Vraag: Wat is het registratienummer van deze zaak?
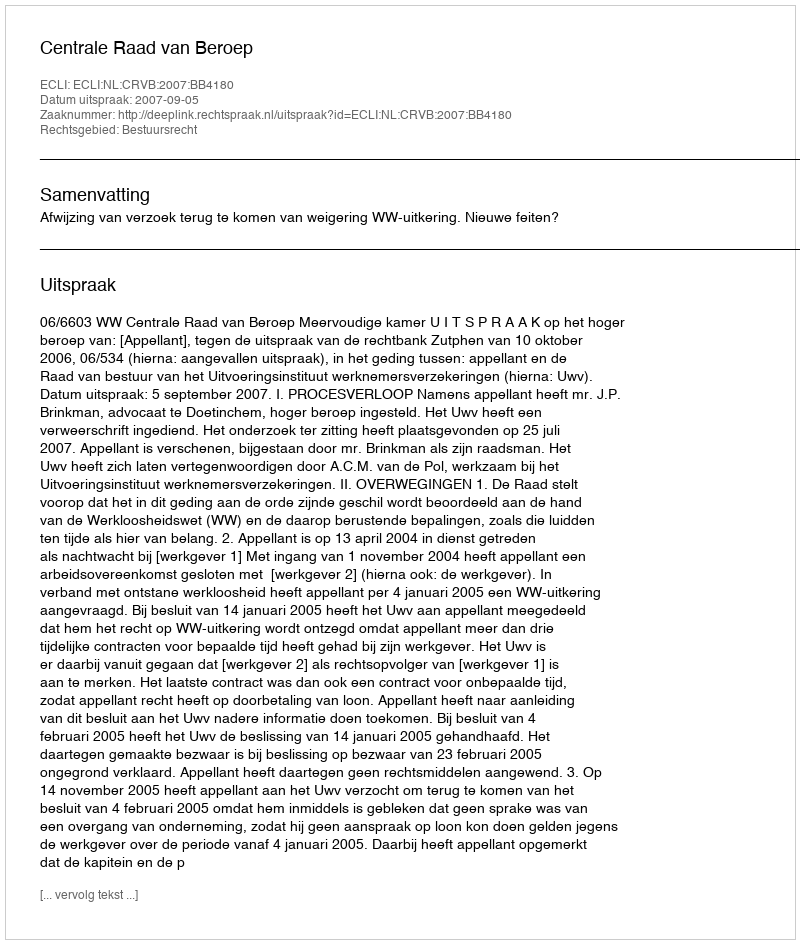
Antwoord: http://deeplink.rechtspraak.nl/uitspraak?id=ECLI:NL:CRVB:2007:BB4180